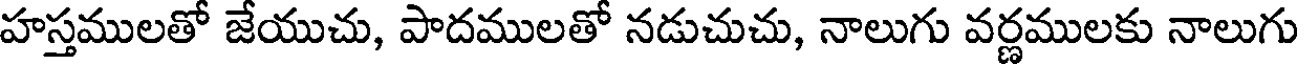
హస్తములతో జేయుచు, పాదములతో నడుచుచు, నాలుగు వర్ణములకు నాలుగు